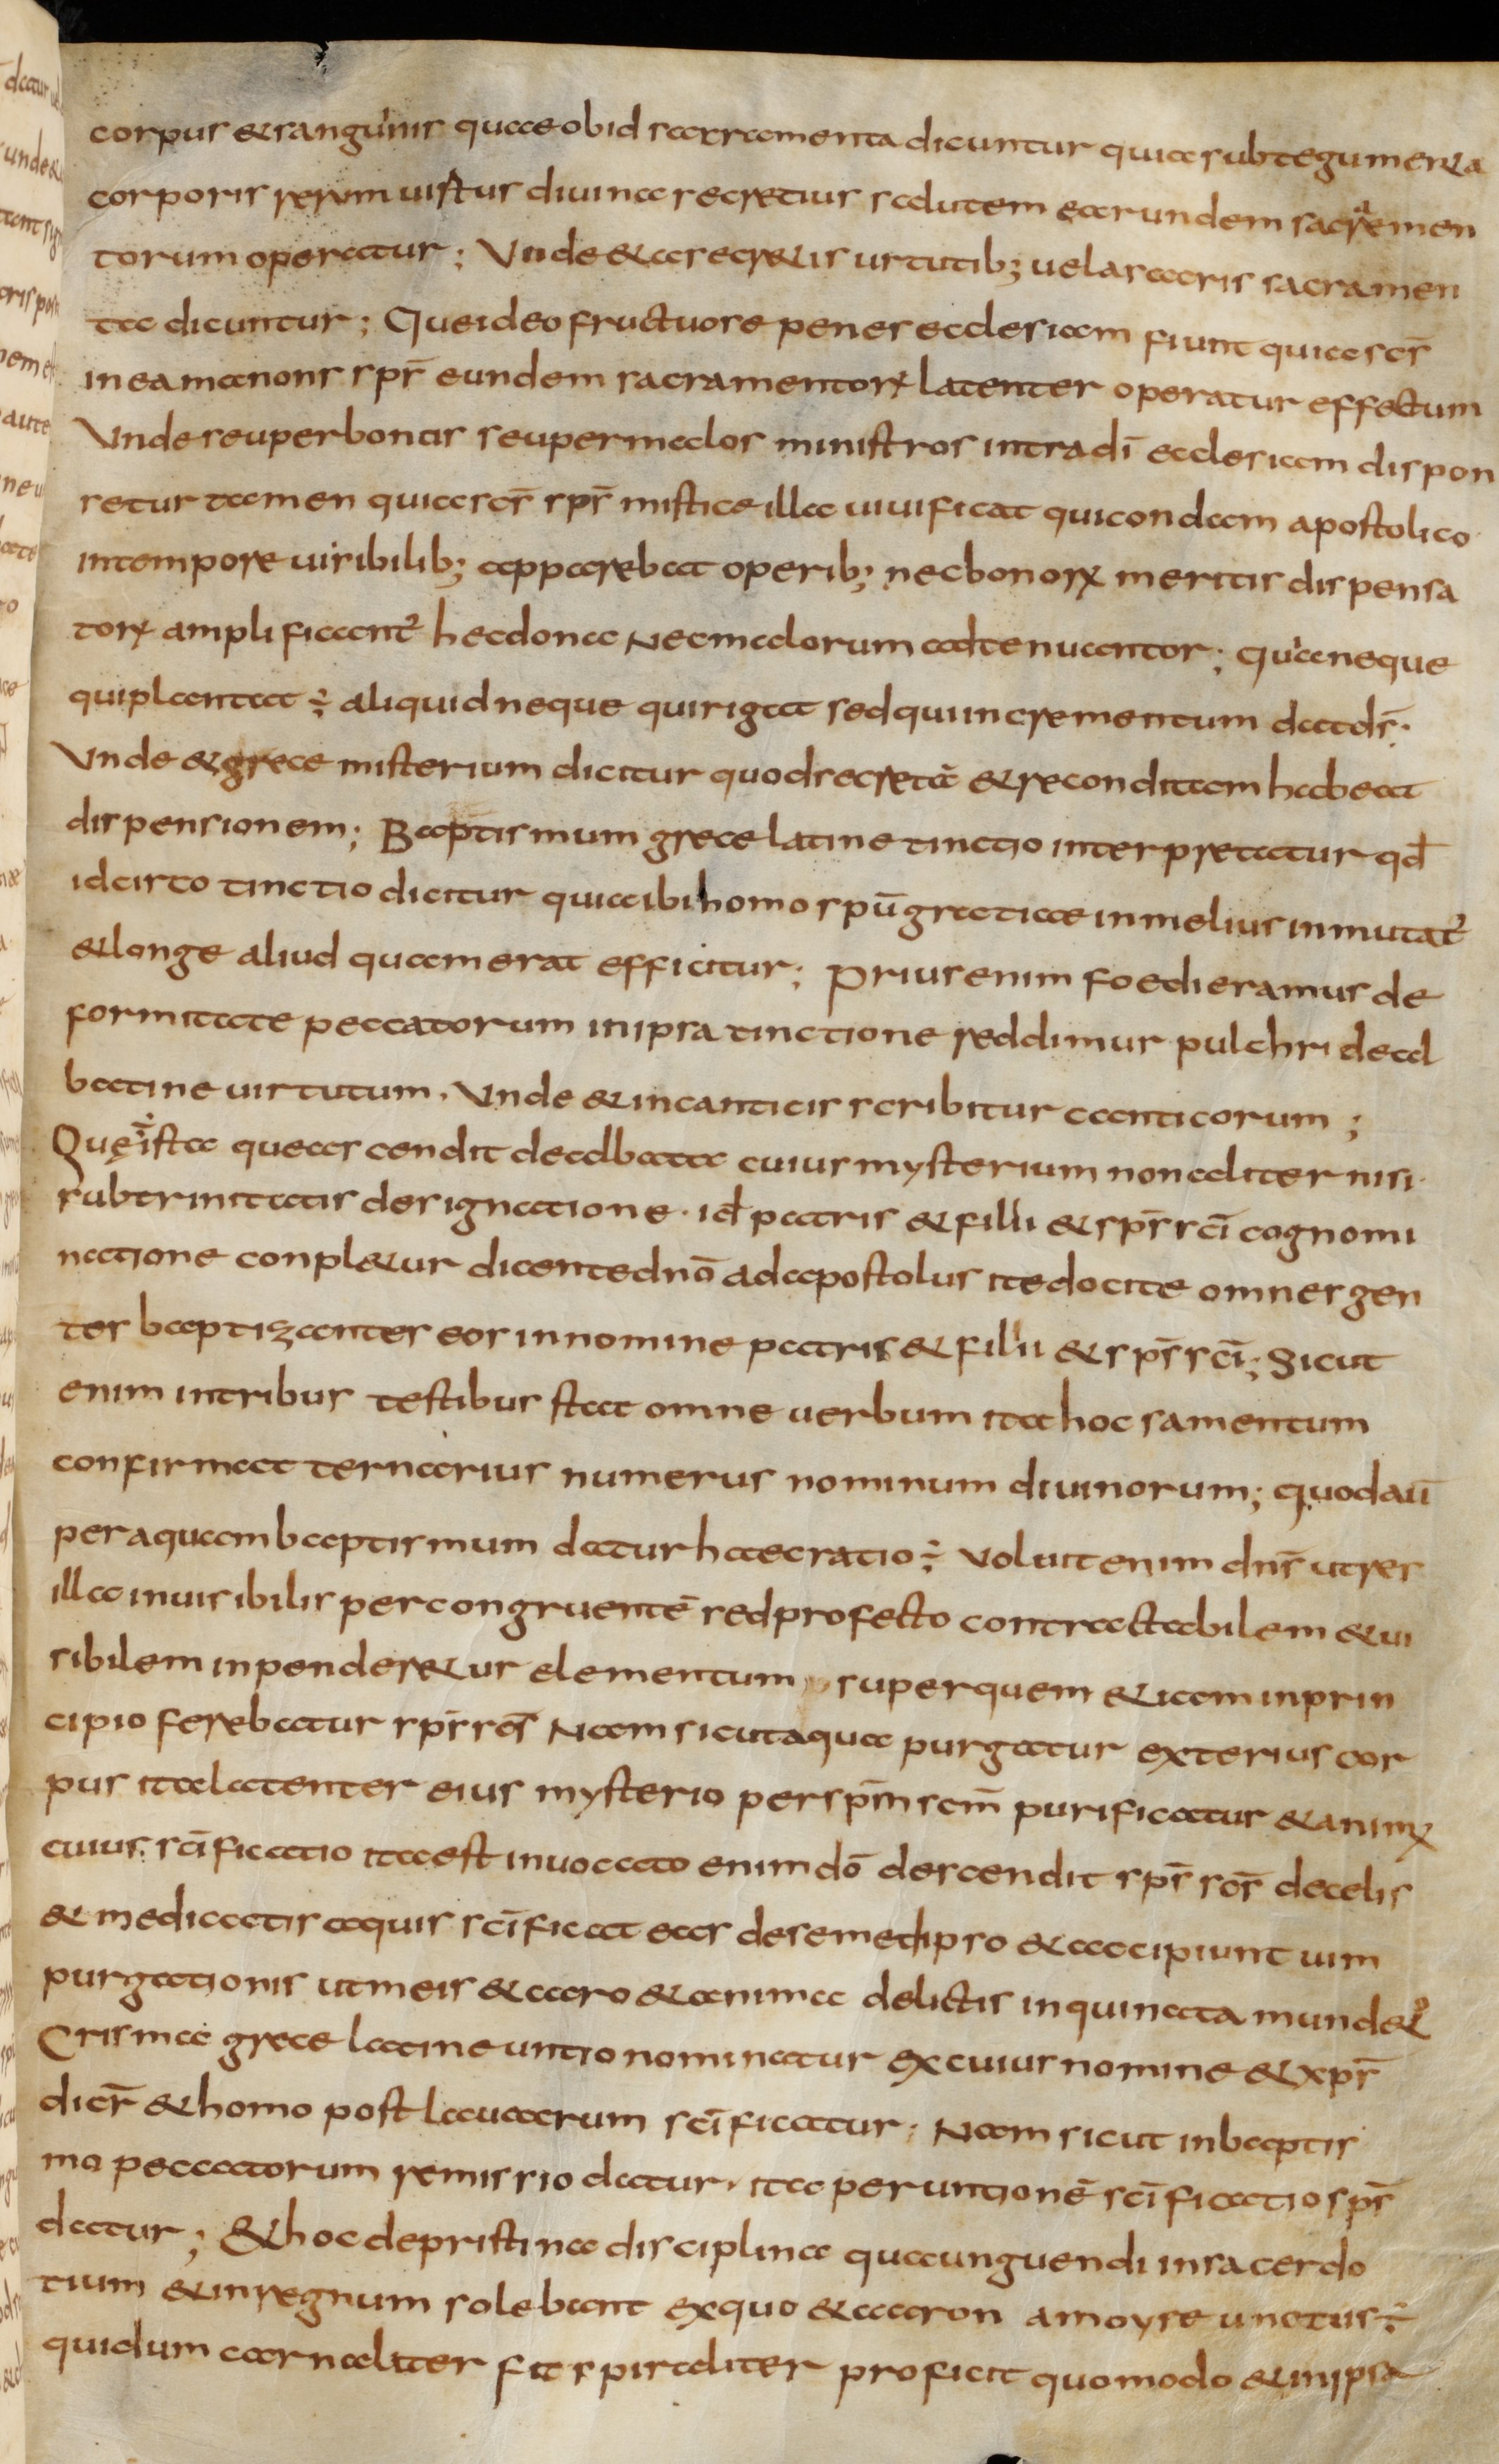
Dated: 800–824